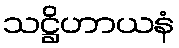
သဋ္ဌိဟာယနံ